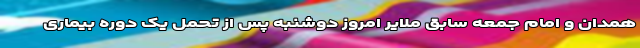
همدان و امام جمعه سابق ملایر امروز دوشنبه پس از تحمل یک دوره بیماری